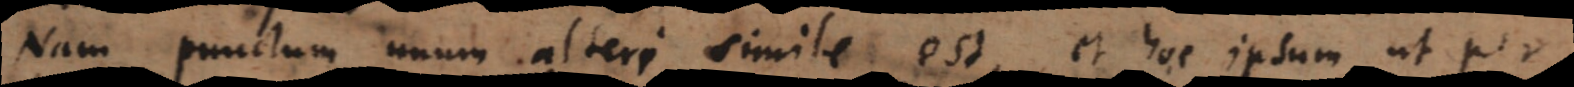
Nam punctum unum alteri simile est, et hoc ipsum, ut per